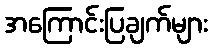
အကြောင်းပြချက်များ